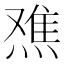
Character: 𬊾